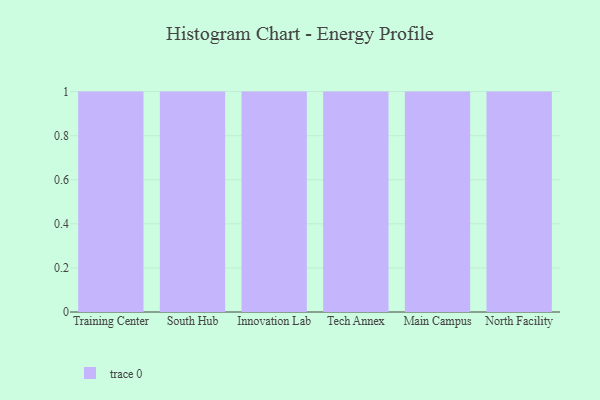
{"axis": {"x": "Campus", "y": "Temperature (°C)"}, "legend": [""], "data": [{"x": "Training Center", "y": 64, "type": ""}, {"x": "South Hub", "y": 24, "type": ""}, {"x": "Innovation Lab", "y": 36, "type": ""}, {"x": "Tech Annex", "y": 11, "type": ""}, {"x": "Main Campus", "y": 64, "type": ""}, {"x": "North Facility", "y": 23, "type": ""}]}